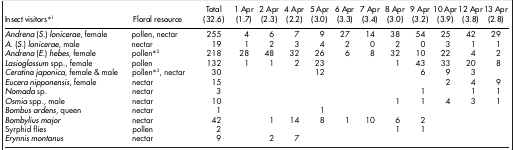
<table><thead><tr><td><b>Insect visitors*1</b></td><td><b>Floral resource</b></td><td><b>Total (32.6)</b></td><td><b>1 Apr (1.7)</b></td><td><b>2 Apr (2.3)</b></td><td><b>4 Apr (2.2)</b></td><td><b>5 Apr (3.0)</b></td><td><b>6 Apr (3.3)</b></td><td><b>7 Apr (3.4)</b></td><td><b>8 Apr (3.0)</b></td><td><b>9 Apr (3.2)</b></td><td><b>10 Apr (3.9)</b></td><td><b>12 Apr (3.8)</b></td><td><b>13 Apr (2.8)</b></td></tr></thead><tbody><tr><td><i>Andrena</i> (<i>S.</i>) <i>lonicerae</i>, female</td><td>pollen, nectar</td><td>255</td><td>4</td><td>6</td><td>7</td><td>9</td><td>27</td><td>14</td><td>38</td><td>54</td><td>25</td><td>42</td><td>29</td></tr><tr><td><i>A.</i> (<i>S.</i>) <i>lonicerae</i>, male</td><td>nectar</td><td>19</td><td>1</td><td>2</td><td>3</td><td>4</td><td>2</td><td>0</td><td>2</td><td>0</td><td>3</td><td>1</td><td>1</td></tr><tr><td><i>Andrena</i> (<i>E.</i>) <i>hebes</i>, female</td><td>pollen*2</td><td>218</td><td>28</td><td>48</td><td>32</td><td>26</td><td>6</td><td>8</td><td>32</td><td>10</td><td>22</td><td>4</td><td>2</td></tr><tr><td><i>Lasioglossum</i> spp., female</td><td>pollen</td><td>132</td><td>1</td><td>1</td><td>2</td><td>23</td><td> </td><td> </td><td>1</td><td>43</td><td>33</td><td>20</td><td>8</td></tr><tr><td><i>Ceratina japonica</i>, female &amp; male</td><td>pollen*3, nectar</td><td>30</td><td> </td><td> </td><td> </td><td>12</td><td> </td><td> </td><td> </td><td>6</td><td>9</td><td>3</td><td> </td></tr><tr><td><i>Eucera nipponensis</i>, female</td><td>nectar</td><td>15</td><td> </td><td> </td><td> </td><td> </td><td> </td><td> </td><td> </td><td> </td><td>2</td><td>4</td><td>9</td></tr><tr><td><i>Nomada</i> sp.</td><td>nectar</td><td>3</td><td> </td><td> </td><td> </td><td> </td><td> </td><td> </td><td> </td><td>1</td><td> </td><td>1</td><td>1</td></tr><tr><td><i>Osmia</i> spp., male</td><td>nectar</td><td>10</td><td> </td><td> </td><td> </td><td> </td><td> </td><td> </td><td>1</td><td>1</td><td>4</td><td>3</td><td>1</td></tr><tr><td><i>Bombus ardens</i>, queen</td><td>nectar</td><td>1</td><td> </td><td> </td><td> </td><td>1</td><td> </td><td> </td><td> </td><td> </td><td> </td><td> </td><td> </td></tr><tr><td><i>Bombylius major</i></td><td>nectar</td><td>42</td><td> </td><td>1</td><td>14</td><td>8</td><td>1</td><td>10</td><td>6</td><td>2</td><td> </td><td> </td><td> </td></tr><tr><td>Syrphid flies</td><td>pollen</td><td>2</td><td> </td><td> </td><td> </td><td> </td><td> </td><td> </td><td>1</td><td>1</td><td> </td><td> </td><td> </td></tr><tr><td><i>Erynnis montanus</i></td><td>nectar</td><td>9</td><td> </td><td>2</td><td>7</td><td> </td><td> </td><td> </td><td> </td><td> </td><td> </td><td> </td><td> </td></tr></tbody></table>